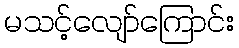
မသင့်လျော်ကြောင်း